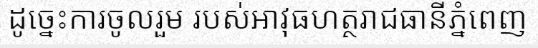
ដូច្នេះការចូលរួម របស់អាវុធហត្ថរាជធានីភ្នំពេញ